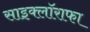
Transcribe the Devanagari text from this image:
साइक्लॉराफा